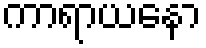
ကာရာယနော